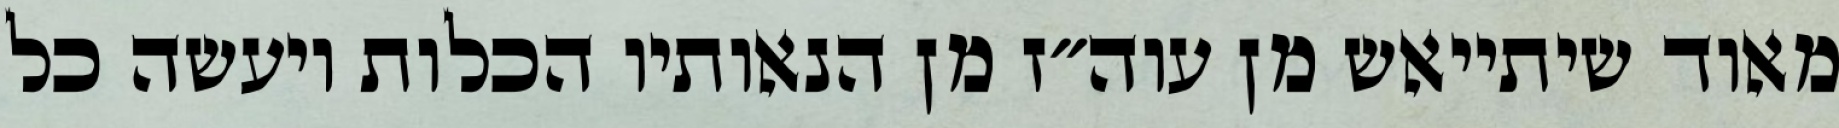
מאוד שיתייאש מן עוה״ז מן הנאותיו הכלות ויעשה כל